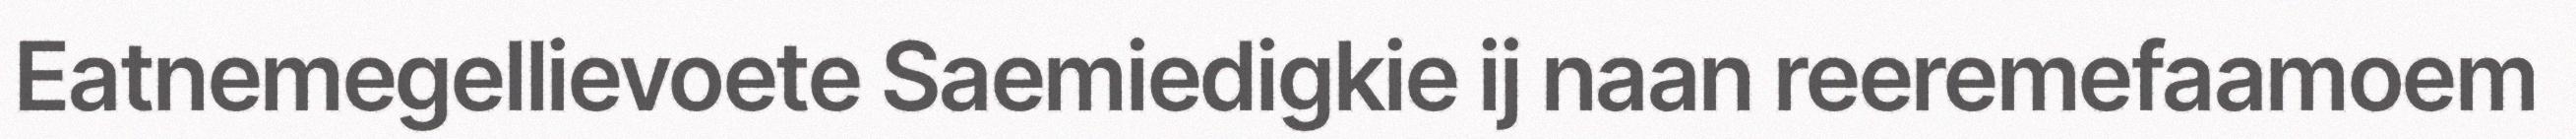
Eatnemegellievoete Saemiedigkie ij naan reeremefaamoem